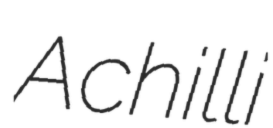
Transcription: Achilli